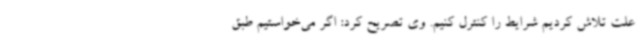
علت تلاش کردیم شرایط را کنترل کنیم. وی تصریح کرد: اگر می‌خواستیم طبق